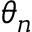
\theta _ { n }